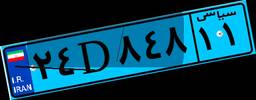
۲۲D۲۴۵۸۱